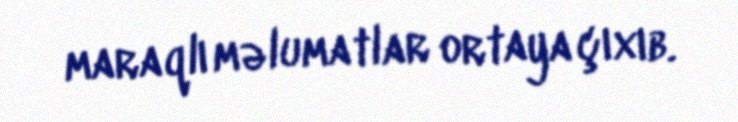
maraqlı məlumatlar ortaya çıxıb.